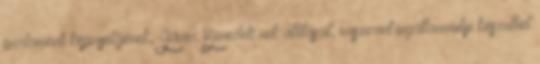
parlamenti képviselőjének, Jávor Benedek nek állításait, miszerint ingatlanmutyi készülhet